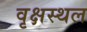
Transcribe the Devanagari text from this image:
वृक्षस्थल